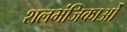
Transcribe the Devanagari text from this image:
शलभंजिकाओं